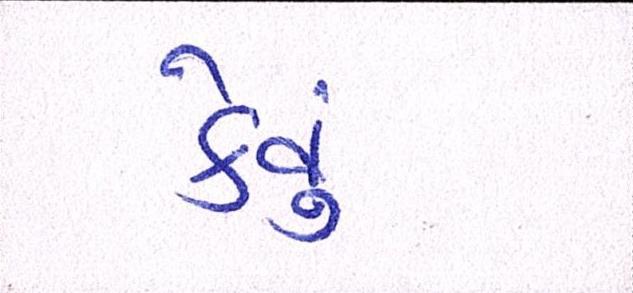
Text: કેવું